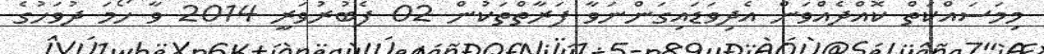
މިމަސައްކަތް ކޮއްދެއްވަން އެދިވަޑައިގަންނަވާ ފަރާތްތަކުން 02 ފެބުރުވަރީ 2014 ވާ ހޯމަ ދުވަހުގެ